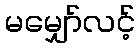
မမျှော်လင့်